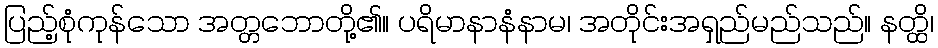
ပြည့်စုံကုန်သော အတ္တဘောတို့၏။ ပရိမာနာနံနာမ၊ အတိုင်းအရှည်မည်သည်။ နတ္ထိ၊